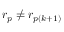
r _ { p } \neq r _ { p ( k + 1 ) }